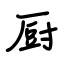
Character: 厨